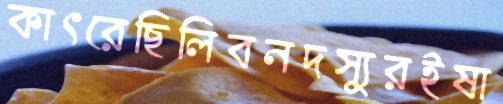
কাৎরেছিলিবনদস্যুরইষা